Report of the Indian Hemp Drugs Commission, 1894-1895 - Volume IV
Year: 1894
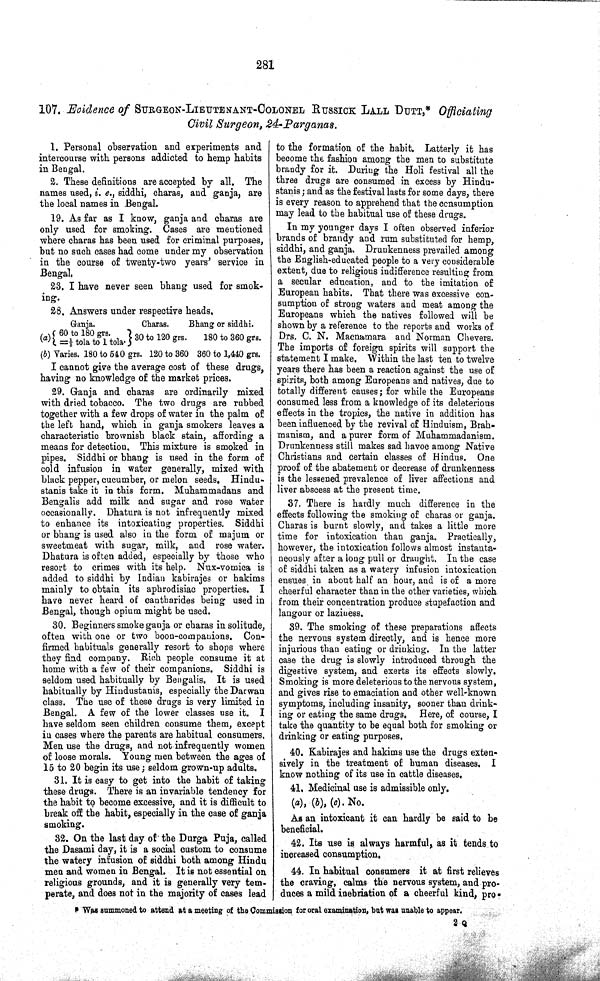
281
107. Evidence of SURGEON-LIEUTENANT-COLONEL RUSSICK LALL DUTT,* Officiating
Civil Surgeon, 24-Parganas.
1. Personal observation and experiments and
intercourse with persons addicted to hemp habits
in Bengal.
2. These definitions are accepted by all. The
names used, i. e., siddhi, charas, and ganja, are
the local names in Bengal.
19. As far as I know, ganja and charas are
only used for smoking. Cases are mentioned
where charas has been used for criminal purposes,
but no such cases had come under my observation
in the course of twenty-two years' service in
Bengal,
23. I have never seen bhang used for smok-
ing.
28. Answers under respective heads,
Ganja.
Charas.
Bhang or siddhi.
I cannot give the average cost of these drugs,
having no knowledge of the market prices.
29. Ganja and charas are ordinarily mixed
with dried tobacco. The two drugs are rubbed
together with a few drops of water in the palm of
the left hand, which in ganja smokers leaves a
characteristic brownish black stain, affording a
means for detection. This mixture is smoked in
pipes. Siddhi or bhang is used in the form of
cold infusion in water generally, mixed with
black pepper, cucumber, or melon seeds. Hindu-
stanis take it in this form. Muhammadans and
Bengalis add milk and sugar and rose water
occasionally. Dhatura is not infrequently mixed
to enhance its intoxicating properties. Siddhi
or bhang is used also in the form of majum or
sweetmeat with sugar, milk, and rose water.
Dhatura is often added, especially by those who
resort to crimes with its help. Nux-vomica is
added to siddhi by Indian kabirajes or hakims
mainly to obtain its aphrodisiac properties. I
have never heard of cantharides being used in
Bengal, though opium might be used.
30. Beginners smoke ganja or charas in solitude,
often with one or two boon-companions. Con-
firmed habituals generally resort to shops where
they find company. Rich people consume it at
home with a few of their companions. Siddhi is
seldom used habitually by Bengalis. It is used
habitually by Hindustanis, especially the Darwan
class. The use of these drugs is very limited in
Bengal. A few of the lower classes use it. I
have seldom seen children consume them, except
in cases where the parents are habitual consumers.
Men use the drugs, and not infrequently women
of loose morals. Young men between the ages of
15 to 20 begin its use; seldom grown-up adults.
31. It is easy to get into the habit of taking
these drugs. There is an invariable tendency for
the habit to become excessive, and it is difficult to
break off the habit, especially in the case of ganja
smoking.
32. On the last day of the Durga Puja, called
the Dasami day, it is a social custom to consume
the watery infusion of siddhi both among Hindu
men and women in Bengal. It is not essential on
religious grounds, and it is generally very tem-
perate, and does not in the majority of cases lead
(a) 60 to 180 grs.
= 1/3 tola to 1 tola.
30 to 120 grs.
180 to 360 grs.
(b) Varies. 180 to 540 grs. 120 to 360 360 to 1,440 grs.
to the formation of the habit. Latterly it has
become the fashion among the men to substitute
brandy for it. During the Holi festival all the
three drugs are consumed in excess by Hindu-
stanis; and as the festival lasts for some days, there
is every reason to apprehend that the consumption
may lead to the habitual use of these drugs.
In my younger days I often observed inferior
brands of brandy and rum substituted for hemp,
siddhi, and ganja. Drunkenness prevailed among
the English-educated people to a very considerable
extent, due to religious indifference resulting from
a secular education, and to the imitation of
European habits. That there was excessive con-
sumption of strong waters and meat among the
Europeans which the natives followed will be
shown by a reference to the reports and works of
Drs. C. N. Macnamara and Norman Chevers.
The imports of foreign spirits will support the
statement I make. Within the last ten to twelve
years there has been a reaction against the use of
spirits, both among Europeans and natives, due to
totally different causes; for while the Europeans
consumed less from a knowledge of its deleterious
effects in the tropics, the native in addition has
been influenced by the revival of Hinduism, Brah-
manism, and a purer form of Muhammadanism.
Drunkenness still makes sad havoc among Native
Christians and certain classes of Hindus. One
proof of the abatement or decrease of drunkenness
is the lessened prevalence of liver affections and
liver abscess at the present time.
37. There is hardly much difference in the
effects following the smoking of charas or ganja.
Charas is burnt slowly, and takes a little more
time for intoxication than ganja. Practically,
however, the intoxication follows almost instanta-
neously after a long pull or draught. In the case
of siddhi taken as a watery infusion intoxication
ensues in about half an hour, and is of a more
cheerful character than in the other varieties, which
from their concentration produce stupefaction and
langour or laziness.
39. The smoking of these preparations affects
the nervous system directly, and is hence more
injurious than eating or drinking. In the latter
case the drug is slowly introduced through the
digestive system, and exerts its effects slowly.
Smoking is more deleterious to the nervous system,
and gives rise to emaciation and other well-known
symptoms, including insanity, sooner than drink-
ing or eating the same drugs. Here, of course, I
take the quantity to be equal both for smoking or
drinking or eating purposes.
40. Kabirajes and hakims use the drugs exten-
sively in the treatment of human diseases. I
know nothing of its use in cattle diseases,
41, Medicinal use is admissible only.
(a), (b), (c). No.
As an intoxicant it can hardly be said to be
beneficial.
42. Its use is always harmful, as it tends to
increased consumption,
44. In habitual consumers it at first relieves
the craving, calms the nervous system, and pro-
duces a mild inebriation of a cheerful kind, pro-
* Was summoned to attend at a meeting of the Commission for oral examination, but was unable to appear.
2 Q